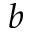
b